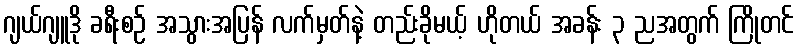
ဂျယ်ဂျူဒို ခရီးစဉ် အသွားအပြန် လက်မှတ်နဲ့ တည်းခိုမယ့် ဟိုတယ် အခန်း ၃ ညအတွက် ကြိုတင်